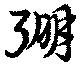
弸